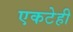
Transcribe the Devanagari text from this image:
एकटेही